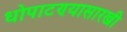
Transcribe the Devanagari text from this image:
धोपाटण्यासारखी